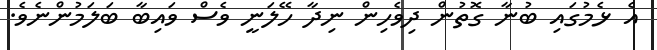
އެ ޅެމުގައި ބުނާ ގޮތުން ދިވެހިން ނިދާ ހޭލަނީ ވެސް ވައިބާ ބަލަމުންނެވެ.